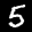
Label: 5